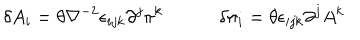
LaTeX: \delta A _ { i } = \theta \nabla ^ { - 2 } \epsilon _ { i j k } \partial ^ { j } \pi ^ { k } \quad \qquad \delta \pi _ { i } = \theta \epsilon _ { i j k } \partial ^ { j } A ^ { k }